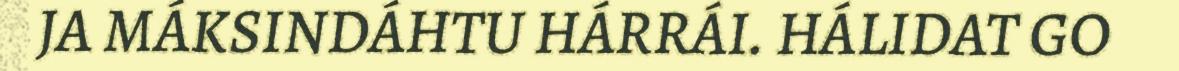
JA MÁKSINDÁHTU HÁRRÁI. HÁLIDAT GO